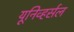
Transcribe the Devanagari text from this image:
यूनिव्हर्सल